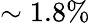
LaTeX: \sim 1.8\%